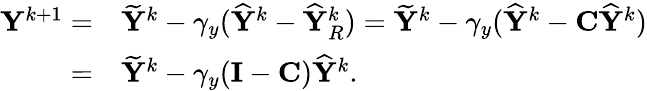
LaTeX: \begin{array}{rl}{{\mathbf{Y}}^{k+1}=}&{\widetilde{{\mathbf{Y}}}^{k}-\gamma_{y}(\widehat{{\mathbf{Y}}}^{k}-\widehat{{\mathbf{Y}}}_{R}^{k})=\widetilde{{\mathbf{Y}}}^{k}-\gamma_{y}(\widehat{{\mathbf{Y}}}^{k}-{\mathbf{C}}\widehat{{\mathbf{Y}}}^{k})}\\ {=}&{\widetilde{{\mathbf{Y}}}^{k}-\gamma_{y}({\mathbf{I}}-{\mathbf{C}})\widehat{{\mathbf{Y}}}^{k}.}\end{array}